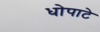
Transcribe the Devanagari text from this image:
धोपाटे